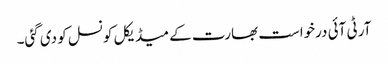
آر ٹی آئی درخواست بھارت کے میڈیکل کونسل کو دی گئی۔